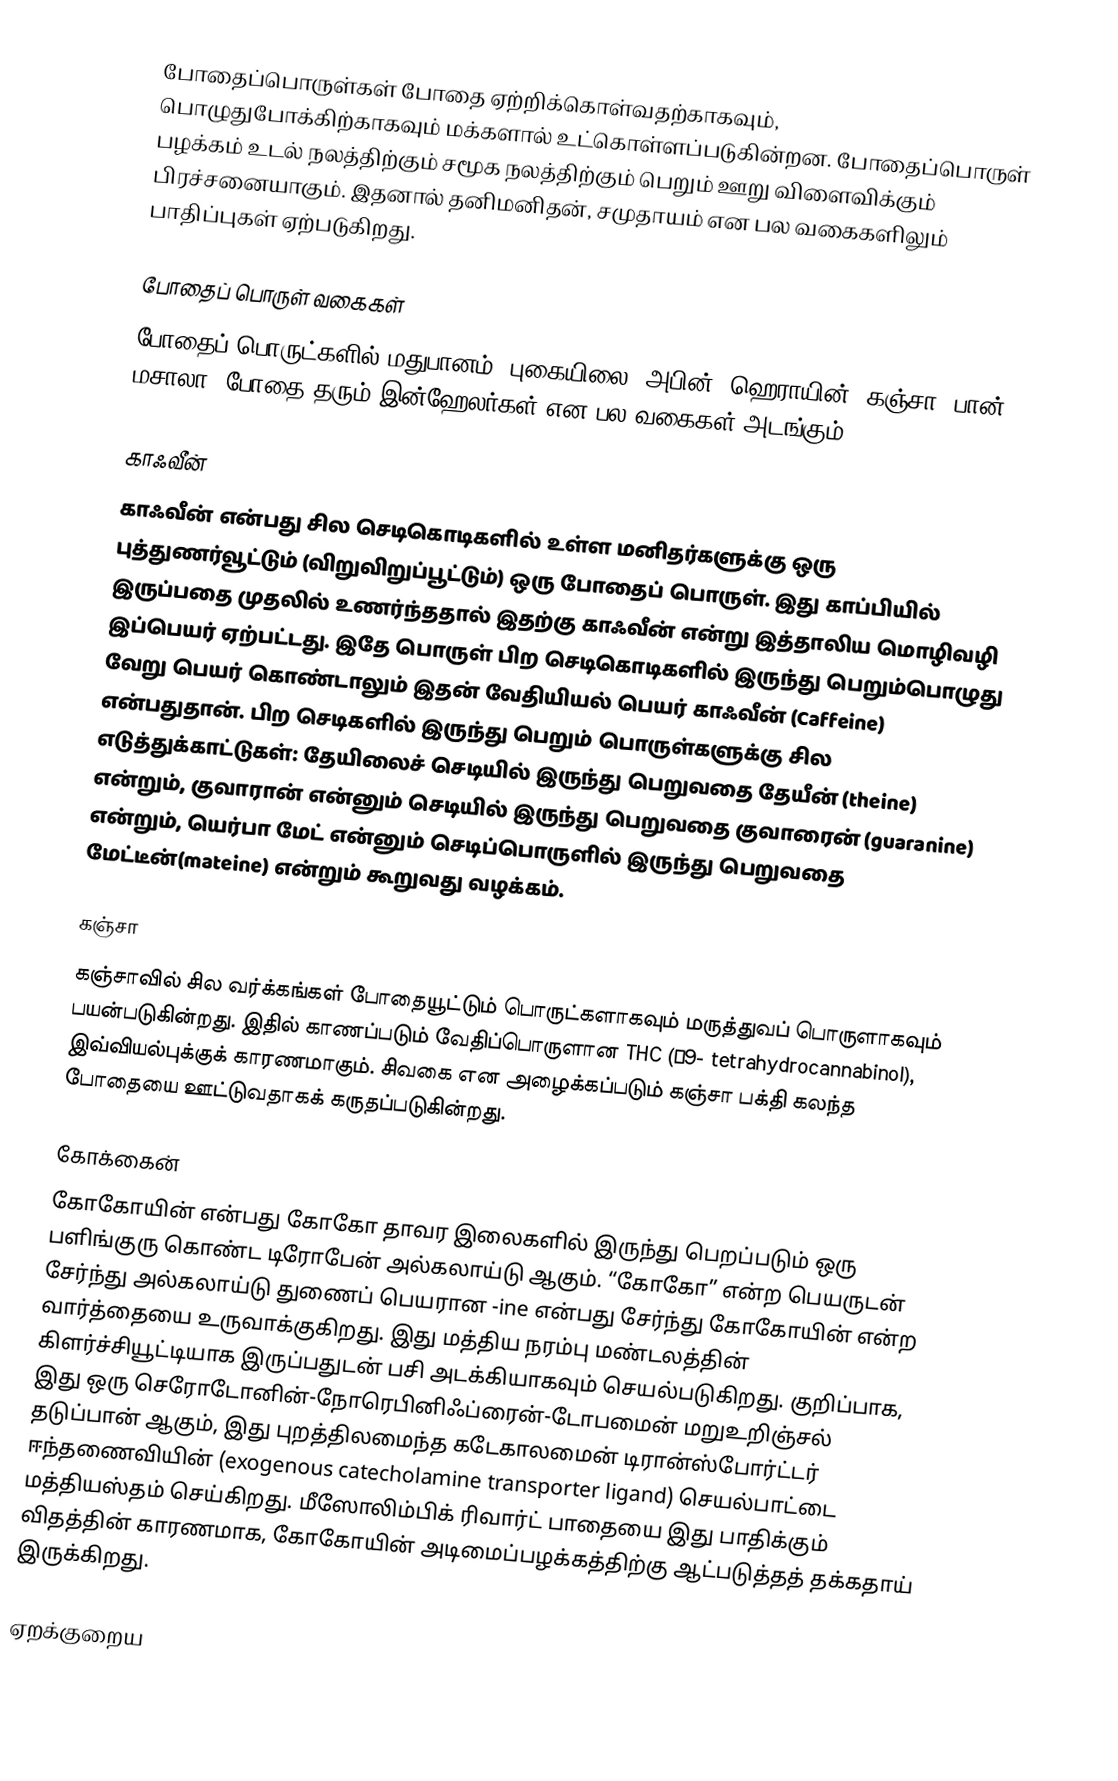
போதைப்பொருள்கள் போதை ஏற்றிக்கொள்வதற்காகவும், பொழுதுபோக்கிற்காகவும் மக்களால் உட்கொள்ளப்படுகின்றன. போதைப்பொருள் பழக்கம் உடல் நலத்திற்கும் சமூக நலத்திற்கும் பெறும் ஊறு விளைவிக்கும் பிரச்சனையாகும். இதனால் தனிமனிதன், சமுதாயம் என பல வகைகளிலும் பாதிப்புகள் ஏற்படுகிறது.

போதைப் பொருள் வகைகள்
போதைப் பொருட்களில் மதுபானம், புகையிலை, அபின், ஹெராயின், கஞ்சா, பான் மசாலா,  போதை தரும் இன்ஹேலர்கள் என பல வகைகள் அடங்கும்.

காஃவீன்
காஃவீன் என்பது சில செடிகொடிகளில் உள்ள மனிதர்களுக்கு ஒரு புத்துணர்வூட்டும் (விறுவிறுப்பூட்டும்) ஒரு போதைப் பொருள். இது காப்பியில் இருப்பதை முதலில் உணர்ந்ததால் இதற்கு காஃவீன் என்று இத்தாலிய மொழிவழி இப்பெயர் ஏற்பட்டது. இதே பொருள் பிற செடிகொடிகளில் இருந்து பெறும்பொழுது வேறு பெயர் கொண்டாலும் இதன் வேதியியல் பெயர் காஃவீன் (Caffeine) என்பதுதான். பிற செடிகளில் இருந்து பெறும் பொருள்களுக்கு சில எடுத்துக்காட்டுகள்: தேயிலைச் செடியில் இருந்து பெறுவதை தேயீன் (theine) என்றும், குவாரான் என்னும் செடியில் இருந்து பெறுவதை குவாரைன் (guaranine) என்றும், யெர்பா மேட் என்னும் செடிப்பொருளில் இருந்து பெறுவதை மேட்டீன்(mateine) என்றும் கூறுவது வழக்கம்.

கஞ்சா
கஞ்சாவில் சில வர்க்கங்கள் போதையூட்டும் பொருட்களாகவும் மருத்துவப் பொருளாகவும் பயன்படுகின்றது. இதில் காணப்படும் வேதிப்பொருளான THC (Δ9- tetrahydrocannabinol), இவ்வியல்புக்குக் காரணமாகும். சிவகை என அழைக்கப்படும் கஞ்சா பக்தி கலந்த போதையை ஊட்டுவதாகக் கருதப்படுகின்றது.

கோக்கைன்
கோகோயின் என்பது கோகோ தாவர இலைகளில் இருந்து பெறப்படும் ஒரு பளிங்குரு கொண்ட டிரோபேன் அல்கலாய்டு ஆகும். “கோகோ” என்ற பெயருடன் சேர்ந்து அல்கலாய்டு துணைப் பெயரான -ine என்பது சேர்ந்து கோகோயின் என்ற வார்த்தையை உருவாக்குகிறது. இது மத்திய நரம்பு மண்டலத்தின் கிளர்ச்சியூட்டியாக இருப்பதுடன் பசி அடக்கியாகவும் செயல்படுகிறது. குறிப்பாக, இது ஒரு செரோடோனின்-நோரெபினிஃப்ரைன்-டோபமைன் மறுஉறிஞ்சல் தடுப்பான் ஆகும், இது புறத்திலமைந்த கடேகாலமைன் டிரான்ஸ்போர்ட்டர் ஈந்தணைவியின் (exogenous catecholamine transporter ligand) செயல்பாட்டை மத்தியஸ்தம் செய்கிறது. மீஸோலிம்பிக் ரிவார்ட் பாதையை இது பாதிக்கும் விதத்தின் காரணமாக, கோகோயின் அடிமைப்பழக்கத்திற்கு ஆட்படுத்தத் தக்கதாய் இருக்கிறது.

ஏறக்குறைய